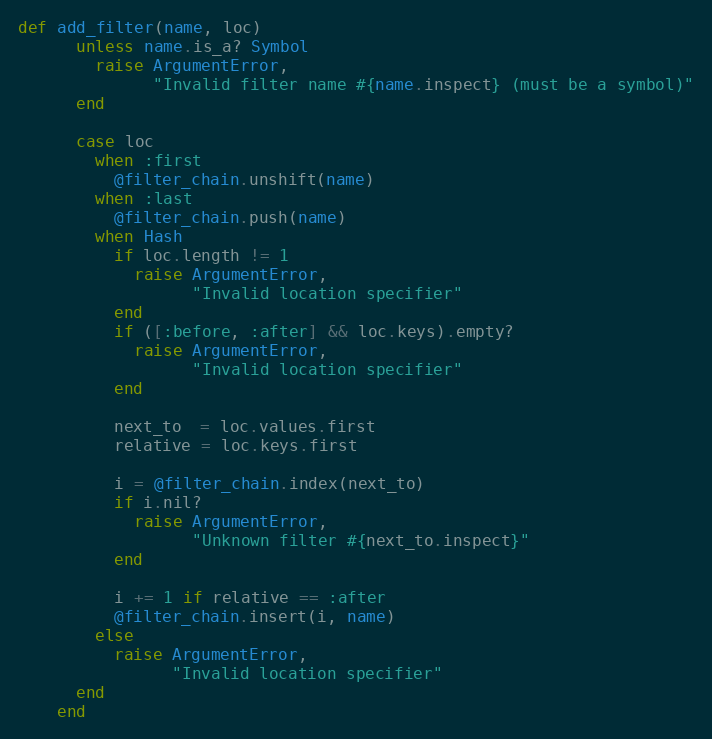
Language: Ruby
def add_filter(name, loc)
      unless name.is_a? Symbol
        raise ArgumentError,
              "Invalid filter name #{name.inspect} (must be a symbol)"
      end

      case loc
        when :first
          @filter_chain.unshift(name)
        when :last
          @filter_chain.push(name)
        when Hash
          if loc.length != 1
            raise ArgumentError,
                  "Invalid location specifier"
          end
          if ([:before, :after] && loc.keys).empty?
            raise ArgumentError,
                  "Invalid location specifier"
          end

          next_to  = loc.values.first
          relative = loc.keys.first

          i = @filter_chain.index(next_to)
          if i.nil?
            raise ArgumentError,
                  "Unknown filter #{next_to.inspect}"
          end

          i += 1 if relative == :after
          @filter_chain.insert(i, name)
        else
          raise ArgumentError,
                "Invalid location specifier"
      end
    end